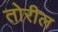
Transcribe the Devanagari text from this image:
तोरील